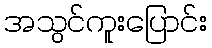
အသွင်ကူးပြောင်း